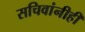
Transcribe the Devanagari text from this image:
सचिवांनीही